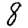
Digit: 8